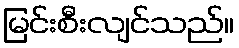
မြင်းစီးလျင်သည်။